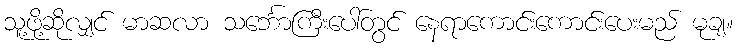
သူ့ဖို့ဆိုလျှင် မာဆလာ သင်္ဘောကြီးပေါ်တွင် နေရာကောင်းကောင်းပေးမည် မုချ။